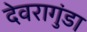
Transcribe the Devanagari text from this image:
देवरागुंडा